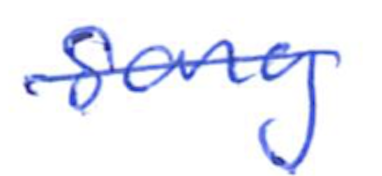
Text: song
Cross-out: single-line
Writing tool: ballpoint